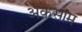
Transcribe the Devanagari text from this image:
अक़साम